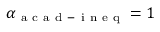
\alpha _ { \mathrm { ~ a ~ c ~ a ~ d ~ - ~ i ~ n ~ e ~ q ~ } } = 1